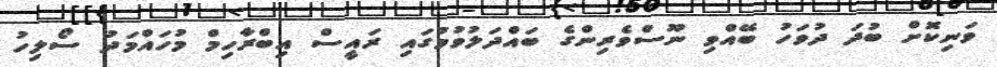
ވަނިކޮށް ބުދަ ދުވަހު ބޭއްވި ނޫސްވެރިންގެ ބައްދަލުވުމުގައި ރައީސް އިބްރާހިމް މުހައްމަދު ސޯލިހު